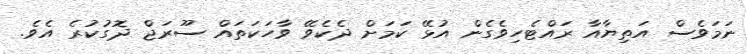
ނަމަވެސް އަތިޔާއާ ރައްޓެހިވެގެން އުޅޭ ކަމަށް ދެކެވޭ ވާހަކަތައް ސޫރަޖް ދޮގުކުރެ އެވެ.